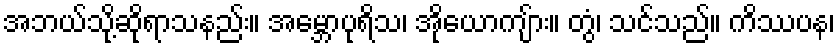
အဘယ်သို့ဆိုရာသနည်း။ အမ္ဘောပုရိသ၊ အိုယောကျ်ား။ တွံ၊ သင်သည်။ ကိဿပန၊